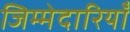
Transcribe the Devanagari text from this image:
जिम्मेदारियॉं